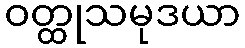
ဝတ္ထုသမုဒယာ